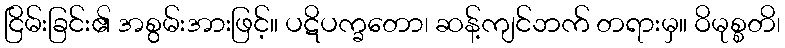
ငြိမ်းခြင်း၏ အစွမ်းအားဖြင့်။ ပဋိပက္ခတော၊ ဆန့်ကျင်ဘက် တရားမှ။ ဝိမုစ္စတိ၊